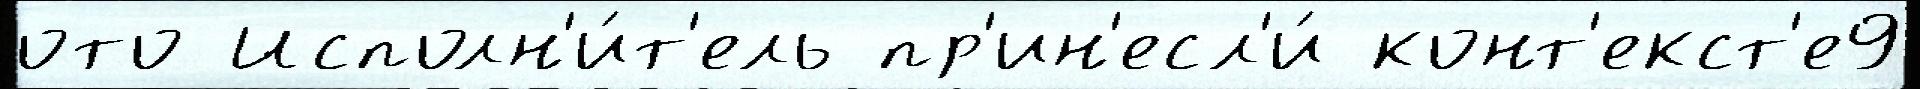
ото Исполн'и́т'ель пр'ин'есл'и́ конт'екст'е9